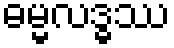
ဓမ္မလဒ္ဓဿ